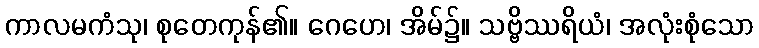
ကာလမကံသု၊ စုတေကုန်၏။ ဂေဟေ၊ အိမ်၌။ သဗ္ဗိဿရိယံ၊ အလုံးစုံသော